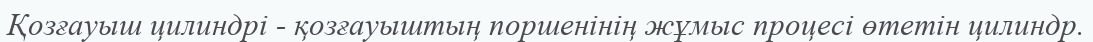
Қозғауыш цилиндрі - қозғауыштың поршенінің жұмыс процесі өтетін цилиндр.